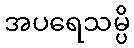
အပရေသမ္ပိ